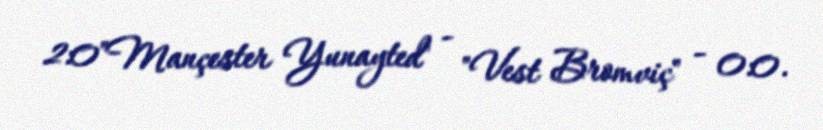
2:0"Mançester Yunayted" - "Vest Bromviç" - 0:0.